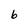
Character: 6